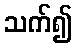
သက်၍